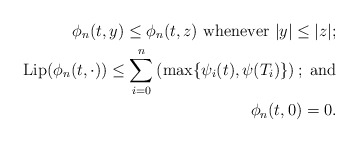
\begin{align*} \phi_n (t, y) \leq \phi_n (t, z) \ \textrm{whenever $ |y| \leq |z|;$}\\\mathrm{Lip}(\phi_n(t, \cdot)) \leq \sum_{i=0}^n \left(\max\{\psi_i (t), \psi (T_i)\}\right);\ \textrm{and}\\\phi_n (t, 0 ) = 0.\end{align*}